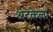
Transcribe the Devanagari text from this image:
अटकेला